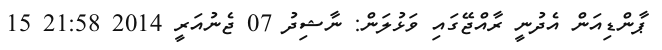
ޕާންޑިއަން އެދުނީ ރާއްޖޭގައި ވަޅުލަން: ނާޝިދު 07 ޖެނުއަރީ 2014 21:58 15